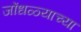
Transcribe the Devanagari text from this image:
जोंधळ्याच्या